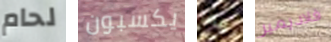
لحام يكسبون ربما فلاديمير